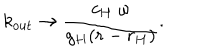
k _ { \mathrm { o u t } } \to { \frac { c _ { H } \; \omega } { g _ { H } ( r - r _ { H } ) } } .